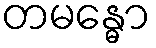
တမန္ဓော